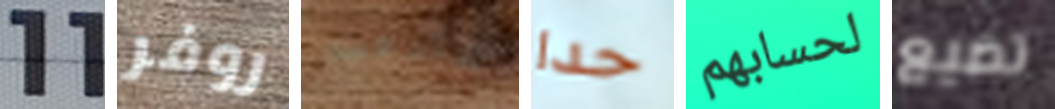
11 روفر شارفت حدا لحسابهم تضيع